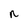
Character: n